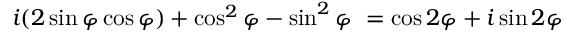
i ( 2 \sin \varphi \cos \varphi ) + \cos ^ { 2 } \varphi - \sin ^ { 2 } \varphi \ = \cos 2 \varphi + i \sin 2 \varphi